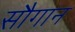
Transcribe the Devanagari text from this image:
सौगान